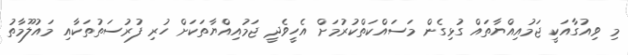
މި ވިއުގާއަކީ ޖަމުއިއްޔާތައް ގުޅިގެން މަސައްކަތްކުރުމަށް އެހީވެދީ ޖަމުއިއްޔާތަކަށް ހުރި ފުރުސަތުތަކާއި މައުލޫމާތު